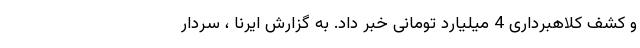
و کشف کلاهبرداری 4 میلیارد تومانی خبر داد. به گزارش ایرنا ، سردار